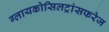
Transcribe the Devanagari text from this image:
ग्लायकोसिलट्रांसफरेज